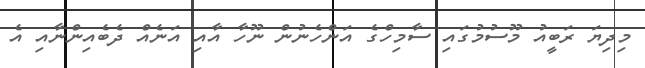
މިދިޔަ ރަބީއު މޫސުމުގައި ސާމިހްގެ އަންހެނުން ނޫހާ އާއި އަނެއް ދެބެއިންނާއި އެ